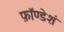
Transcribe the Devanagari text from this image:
फ़ॉण्डेशं